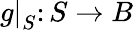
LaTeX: \left.g\right|_{S}\colon S\to B